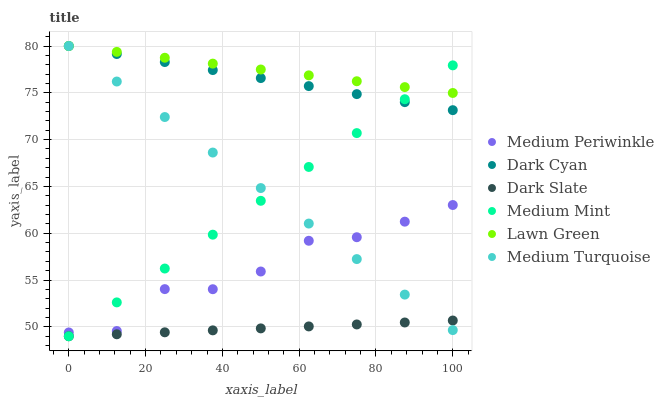
| xaxis_label | Medium Periwinkle | Dark Cyan | Dark Slate | Medium Mint | Lawn Green | Medium Turquoise |
 | --- | --- | --- | --- | --- | --- | --- |
 | 0 | 49.4 | 80 | 49 | 49 | 80 | 80 |
 | 12.5 | 49.6 | 79.1 | 49.2 | 52.6 | 79.4 | 76.2 |
 | 25 | 54 | 78.3 | 49.4 | 56.2 | 78.7 | 72.4 |
 | 37.5 | 54 | 77.4 | 49.6 | 59.8 | 78.1 | 68.6 |
 | 50 | 55.9 | 76.6 | 49.8 | 63.5 | 77.5 | 64.8 |
 | 62.5 | 59.2 | 75.7 | 50.1 | 67.1 | 76.9 | 61 |
 | 75 | 59.6 | 74.9 | 50.3 | 70.7 | 76.2 | 57.2 |
 | 87.5 | 61.2 | 74 | 50.5 | 74.3 | 75.6 | 53.4 |
 | 100 | 63 | 73.1 | 50.7 | 77.9 | 75 | 49.7 |